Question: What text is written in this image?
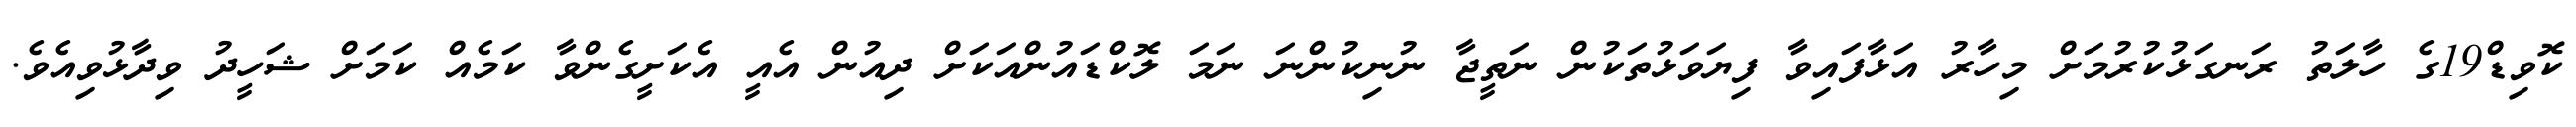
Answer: ކޮވިޑް19ގެ ހާލަތު ރަނގަޅުކުރުމަށް މިހާރު އަޅާފައިވާ ފިޔަވަޅުތަކުން ނަތީޖާ ނުނިކުންނަ ނަމަ ލޮކްޑައުންއަކަށް ދިއުން އެއީ އެކަށީގެންވާ ކަމެއް ކަމަށް ޝަހީދު ވިދާޅުވިއެވެ.